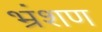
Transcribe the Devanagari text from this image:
भ्रंशण